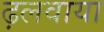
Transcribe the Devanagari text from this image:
ढ़लवाया